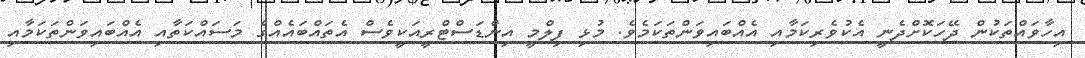
އިހާވައްތަކުން ދޭހަކޮށްދެނީ އެކުވެރިކަމާއި އެއްބައިވަންތަކަމެވެ. މުޅި ފިލްމީ އިންޑަސްޓްރީއަކީވެސް އެތައްބައެއްގެ މަސައްކަތާއި އެއްބައިވަންތަކަމާއި